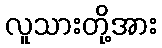
လူသားတို့အား